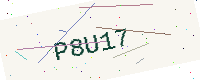
Text: P8U17